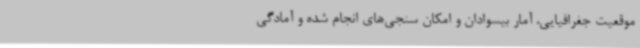
موقعیت جغرافیایی، آمار بیسوادان و امکان سنجی‌های انجام شده و آمادگی